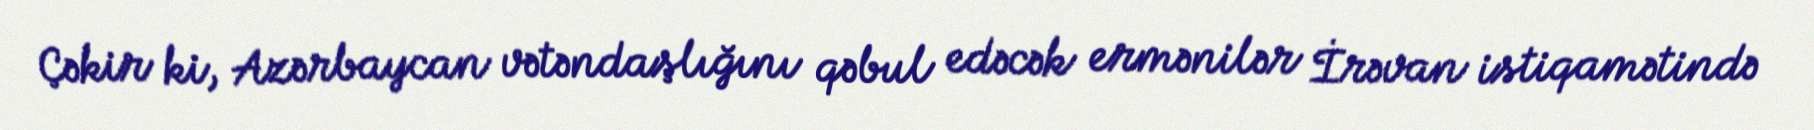
Çəkir ki, Azərbaycan vətəndaşlığını qəbul edəcək ermənilər İrəvan istiqamətində